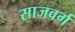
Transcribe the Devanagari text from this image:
साजवर्ग